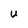
Character: U